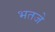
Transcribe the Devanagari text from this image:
भतजे